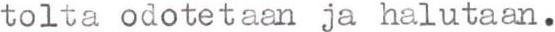
tolta odotetaan ja halutaan.